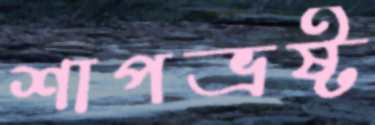
শাপভ্রষ্ট